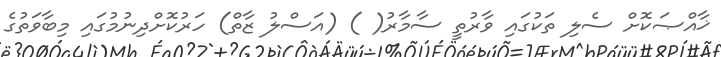
ޚާއްޞަކޮށް ސެލި ތަކުގައި ވާރުތީ ސާމާރު( ) (އަސްލު ޒާތް) ހަރުކޮށްދިނުމުގައި މިބާވަތުގެ